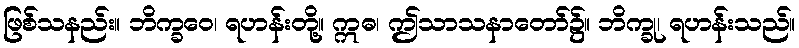
ဖြစ်သနည်း။ ဘိက္ခဝေ၊ ရဟန်းတို့။ ဣဓ၊ ဤသာသနာတော်၌။ ဘိက္ခု၊ ရဟန်းသည်။